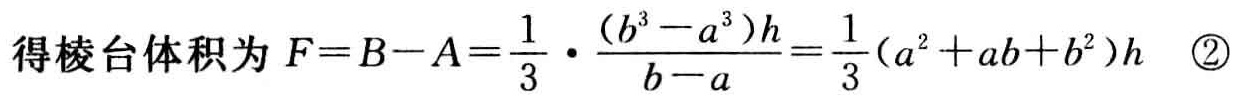
得棱台体积为 \(F = B - A=\frac{1}{3}\cdot\frac{(b^{3}-a^{3})h}{b - a}=\frac{1}{3}(a^{2}+ab + b^{2})h\)  \textcircled{2}